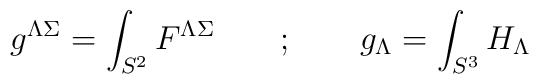
g^{\Lambda\Sigma} =  \int _{S^2}F^{\Lambda\Sigma} \qquad ; \qquad g_{\Lambda} =  \int _{S^3} H_\Lambda